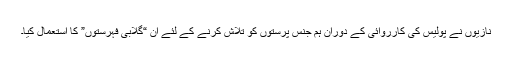
نازیوں نے پولیس کی کارروائی کے دوران ہم جنس پرستوں کو تلاش کرنے کے لئے ان “گلابی فہرستوں” کا استعمال کیا۔